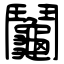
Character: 鬮